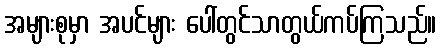
အများစုမှာ အပင်များ ပေါ်တွင်သာတွယ်ကပ်ကြသည်။